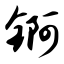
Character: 锕